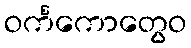
ဝင်္ကကောတွေဝ